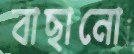
বাছানো